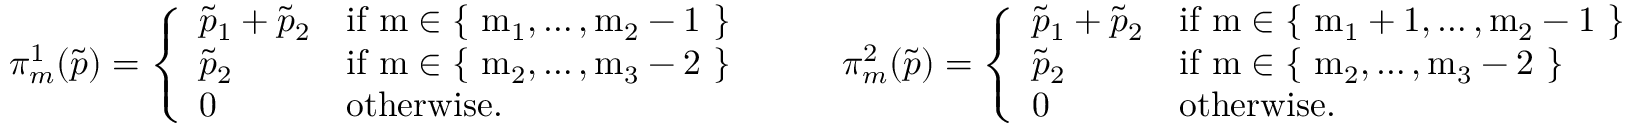
\begin{array} { r } { \pi _ { m } ^ { 1 } ( \tilde { p } ) = \left\{ \begin{array} { l l } { \tilde { p } _ { 1 } + \tilde { p } _ { 2 } } & { \mathrm { i f ~ m \in \{ ~ m _ 1 , \dots , m _ 2 - 1 ~ \} ~ } } \\ { \tilde { p } _ { 2 } } & { \mathrm { i f ~ m \in \{ ~ m _ 2 , \dots , m _ 3 - 2 ~ \} ~ } } \\ { 0 } & { \mathrm { o t h e r w i s e } . } \end{array} \right. \quad \quad \pi _ { m } ^ { 2 } ( \tilde { p } ) = \left\{ \begin{array} { l l } { \tilde { p } _ { 1 } + \tilde { p } _ { 2 } } & { \mathrm { i f ~ m \in \{ ~ m _ 1 + 1 , \dots , m _ 2 - 1 ~ \} ~ } } \\ { \tilde { p } _ { 2 } } & { \mathrm { i f ~ m \in \{ ~ m _ 2 , \dots , m _ 3 - 2 ~ \} ~ } } \\ { 0 } & { \mathrm { o t h e r w i s e } . } \end{array} \right. } \end{array}